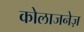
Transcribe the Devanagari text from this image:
कोलाजनेज़